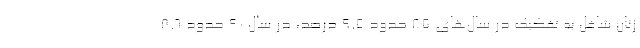
زنان شاغل به تفکیک در سال‌های ۸۵ حدود ۹.۵ درصد، در سال ۹۰ حدود ۸.۶